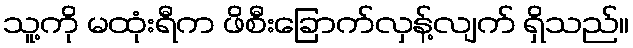
သူ့ကို မထုံးရီက ဖိစီးခြောက်လှန့်လျက် ရှိသည်။